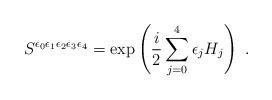
LaTeX: \begin{align*}S^{\epsilon_0 \epsilon_1 \epsilon_2 \epsilon_3 \epsilon_4} = \exp \left( \frac{i}{2} \sum_{j=0}^{4} \epsilon_j H_j \right) ~.\end{align*}